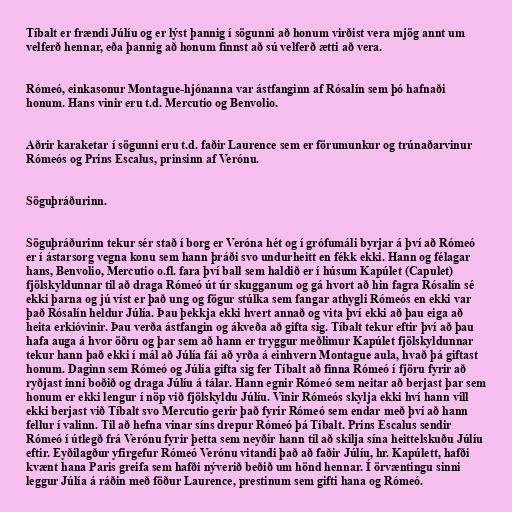
Tíbalt er frændi Júlíu og er lýst þannig í sögunni að honum virðist vera mjög annt um
velferð hennar, eða þannig að honum finnst að sú velferð ætti að vera.

Rómeó, einkasonur Montague-hjónanna var ástfanginn af Rósalín sem þó hafnaði
honum. Hans vinir eru t.d. Mercutio og Benvolio.

Aðrir karaketar í sögunni eru t.d. faðir Laurence sem er förumunkur og trúnaðarvinur
Rómeós og Prins Escalus, prinsinn af Verónu.

Söguþráðurinn.

Söguþráðurinn tekur sér stað í borg er Veróna hét og í grófumáli byrjar á því að Rómeó
er í ástarsorg vegna konu sem hann þráði svo undurheitt en fékk ekki. Hann og félagar
hans, Benvolio, Mercutio o.fl. fara því ball sem haldið er í húsum Kapúlet (Capulet)
fjölskyldunnar til að draga Rómeó út úr skugganum og gá hvort að hin fagra Rósalín sé
ekki þarna og jú víst er það ung og fögur stúlka sem fangar athygli Rómeós en ekki var
það Rósalín heldur Júlía. Þau þekkja ekki hvert annað og vita því ekki að þau eiga að
heita erkióvinir. Þau verða ástfangin og ákveða að gifta sig. Tíbalt tekur eftir því að þau
hafa auga á hvor öðru og þar sem að hann er tryggur meðlimur Kapúlet fjölskyldunnar
tekur hann það ekki í mál að Júlía fái að yrða á einhvern Montague aula, hvað þá giftast
honum. Daginn sem Rómeó og Júlía gifta sig fer Tíbalt að finna Rómeó í fjöru fyrir að
ryðjast inní boðið og draga Júlíu á tálar. Hann egnir Rómeó sem neitar að berjast þar sem
honum er ekki lengur í nöp við fjölskyldu Júlíu. Vinir Rómeós skylja ekki hví hann vill
ekki berjast við Tíbalt svo Mercutio gerir það fyrir Rómeó sem endar með því að hann
fellur í valinn. Til að hefna vinar síns drepur Rómeó þá Tíbalt. Prins Escalus sendir
Rómeó í útlegð frá Verónu fyrir þetta sem neyðir hann til að skilja sína heittelskuðu Júlíu
eftir. Eyðilagður yfirgefur Rómeó Verónu vitandi það að faðir Júlíu, hr. Kapúlett, hafði
kvænt hana Paris greifa sem hafði nýverið beðið um hönd hennar. Í örvæntingu sinni
leggur Júlía á ráðin með föður Laurence, prestinum sem gifti hana og Rómeó.